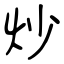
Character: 炒